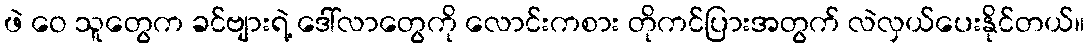
ဖဲ ဝေ သူတွေက ခင်ဗျားရဲ့ ဒေါ်လာတွေကို လောင်းကစား တိုကင်ပြားအတွက် လဲလှယ်ပေးနိုင်တယ်။